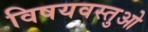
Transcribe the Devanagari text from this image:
विषयवस्तुओ